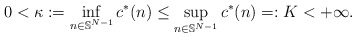
\begin{align*}0< \kappa := \inf_{n \in \mathbb{S}^{N-1}} c^* (n) \leq \sup_{n\in \mathbb{S}^{N-1}} c^* (n) =: K < +\infty.\end{align*}